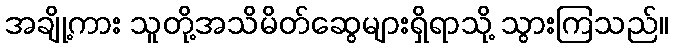
အချို့ကား သူတို့အသိမိတ်ဆွေများရှိရာသို့ သွားကြသည်။